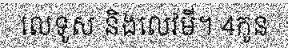
លេទូស និងលេវមី។ 4កូន